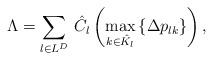
LaTeX: \begin{align*} \Lambda &= \sum_{l \in L^D} \, \hat{C}_l \left(\underset{k \in \hat{K}_l}{\mbox{max}} \left\{ \Delta p_{lk} \right\} \right) , \end{align*}